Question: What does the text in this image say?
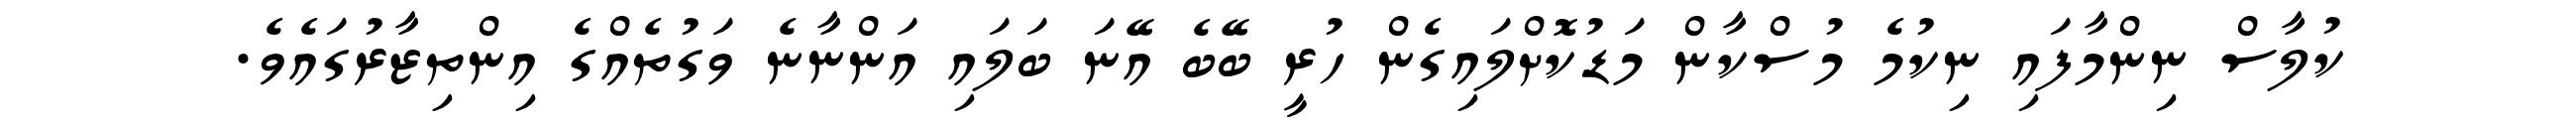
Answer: ކުލާސް ނިންމާފައި ނިކުމެ މުސްކާން މަޑުކޮށްލައިގެން ހުރީ ބޭބެ އޭނަ ބަލައި އަންނާނެ ވަގުތެއްގެ އިންތިޒާރުގައެވެ.